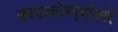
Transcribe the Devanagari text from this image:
कानाकोपर्‍यांतले